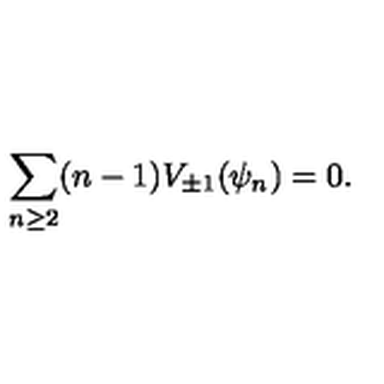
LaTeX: \sum _ { n \geq 2 } ( n - 1 ) V _ { \pm 1 } ( \psi _ { n } ) = 0 .